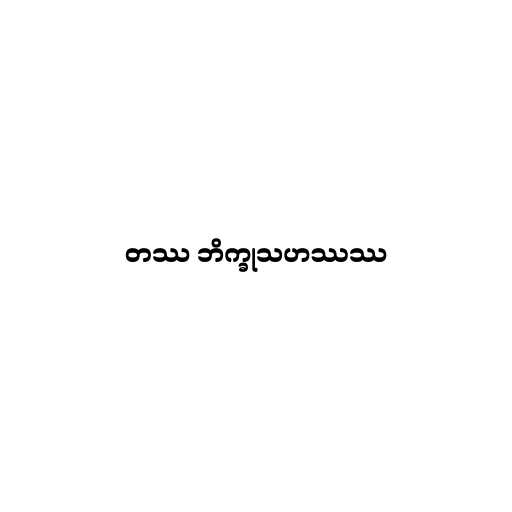
တဿ ဘိက္ခုသဟဿဿ